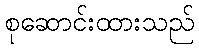
စုဆောင်းထားသည်